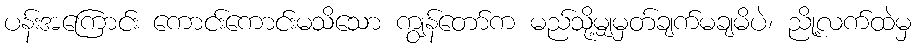
ပန်းအကြောင်း ကောငး်ကောင်းမသိသော ကျွန်တော်က မည်သို့မျှမှတ်ချက်မချမိပဲ၊ ညို့လက်ထဲမှ